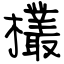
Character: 欉